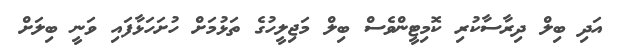
އަދި ބިލް ދިރާސާކުރި ކޮމިޓީންވެސް ބިލް މަޖިލީހުގެ ތަޅުމަށް ހުށަހަޅާފައި ވަނީ ބިލަށް